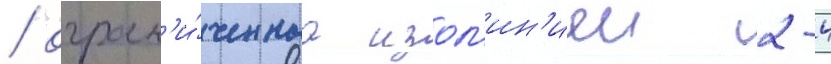
/ огран'и́ченнаа изол'ин'иеи 2-4